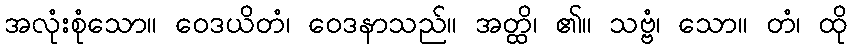
အလုံးစုံသော။ ဝေဒယိတံ၊ ဝေဒနာသည်။ အတ္ထိ၊ ၏။ သဗ္ဗံ၊ သော။ တံ၊ ထို